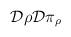
LaTeX: \begin{align*} {\cal D} \rho {\cal D} \pi_\rho\end{align*}